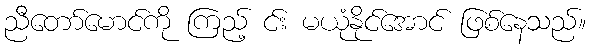
ညီတော်မောင်ကို ကြည့် င်း မယုံနိုင်အောင် ဖြစ်နေသည်။